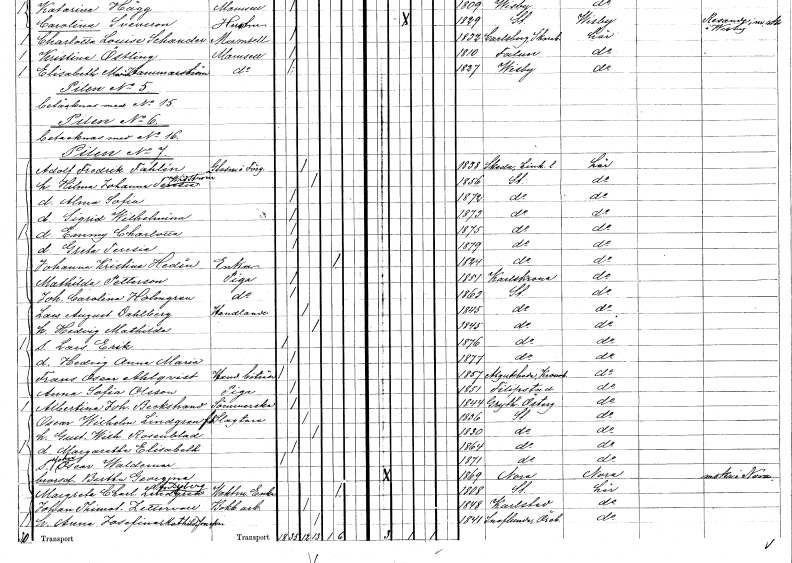
gt_parse: households: individuals: FN: Alma Sofia
KON: K
CIV: O
FODAR: 1872
FODFORS: Stockholm
FN: Sigrid Wilhelmina
KON: K
CIV: O
FODAR: 1873
FODFORS: Stockholm
FN: Emmy Charlotta
KON: K
CIV: O
FODAR: 1875
FODFORS: Stockholm
FN: Greta Teresia
KON: K
CIV: O
FODAR: 1879
FODFORS: Stockholm
FN: Johanna Kristina
EN: Hedin
KON: K
CIV: E
FODAR: 1824
FODFORS: Stockholm
FN: Mathilda
EN: Petterson
YRKE: Piga
KON: K
CIV: O
FODAR: 1851
FODFORS: Karlskrona Blekinge län
FN: Johanna Carolina
EN: Holmgren
YRKE: Piga
KON: K
CIV: O
FODAR: 1863
FODFORS: Stockholm
FN: Lars August
EN: Dahlberg
YRKE: Handlande
KON: M
CIV: G
FODAR: 1845
FODFORS: Stockholm
FN: Hedvig Mathilda
KON: K
CIV: G
FODAR: 1845
FODFORS: Stockholm
FN: Lars Erik
KON: M
CIV: O
FODAR: 1876
FODFORS: Stockholm
FN: Hedvig Anna Maria
KON: K
CIV: O
FODAR: 1877
FODFORS: Stockholm
FN: Frans Oscar
EN: Ahlqvist
YRKE: Handelsbiträde
KON: M
CIV: O
FODAR: 1857
FODFORS: Algutsboda Kalmar län
FN: Anna Sofia
EN: Olsson
YRKE: Piga
KON: K
CIV: O
FODAR: 1851
FODFORS: Filipstad Värmlands län
FN: Albertina Johanna
EN: Beckstrand
YRKE: Sömmerska
KON: K
CIV: O
FODAR: 1844
FODFORS: Gryt Östergötlands län
FN: Oscar Wilhelm
EN: Lindgren
YRKE: Slaktare f.d.
KON: M
CIV: G
FODAR: 1836
FODFORS: Stockholm
FN: Gustafva Wilhelmina
EN: Rosenblad
KON: K
CIV: G
FODAR: 1830
FODFORS: Stockholm
FN: Margaretha Elisabeth
KON: K
CIV: O
FODAR: 1864
FODFORS: Stockholm
FN: John Oscar Waldemar
KON: M
CIV: O
FODAR: 1871
FODFORS: Stockholm
FN: Bertha Georgina
KON: K
CIV: O
FODAR: 1869
FODFORS: Nora Örebro län
FN: Margreta Charlotta
EN: Lindgren Dyberg
YRKE: Vaktmästareänka
KON: K
CIV: E
FODAR: 1808
FODFORS: Stockholm
FN: Johan Thimoteus
EN: Zettervall
YRKE: Bokbinderiarbetare
KON: M
CIV: G
FODAR: 1848
FODFORS: Karlstad Värmlands län
FN: Anna Josefina Mathilda
EN: Jonsson
KON: K
CIV: G
FODAR: 1841
FODFORS: Snavlunda Örebro län